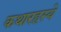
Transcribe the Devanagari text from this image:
कथारहस्ये